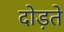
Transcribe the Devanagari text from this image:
दोड़ते